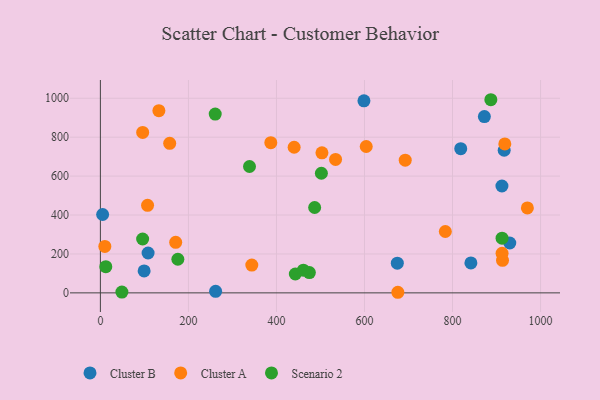
{"axis": {"x": "Distance", "y": "Fuel Efficiency"}, "legend": ["Cluster A", "Cluster B", "Scenario 2"], "data": [{"x": "99.4", "y": 112.8, "type": "Cluster B"}, {"x": "930.1", "y": 256.1, "type": "Cluster B"}, {"x": "912.3", "y": 549.0, "type": "Cluster B"}, {"x": "5.1", "y": 402.6, "type": "Cluster B"}, {"x": "872.4", "y": 906.0, "type": "Cluster B"}, {"x": "818.7", "y": 740.7, "type": "Cluster B"}, {"x": "108.4", "y": 204.7, "type": "Cluster B"}, {"x": "917.4", "y": 732.8, "type": "Cluster B"}, {"x": "261.8", "y": 7.8, "type": "Cluster B"}, {"x": "598.8", "y": 986.5, "type": "Cluster B"}, {"x": "674.6", "y": 152.7, "type": "Cluster B"}, {"x": "841.8", "y": 154.0, "type": "Cluster B"}, {"x": "913.6", "y": 167.2, "type": "Cluster A"}, {"x": "692.6", "y": 681.8, "type": "Cluster A"}, {"x": "107.2", "y": 450.0, "type": "Cluster A"}, {"x": "675.8", "y": 3.0, "type": "Cluster A"}, {"x": "132.9", "y": 936.2, "type": "Cluster A"}, {"x": "157.5", "y": 768.4, "type": "Cluster A"}, {"x": "440.2", "y": 748.2, "type": "Cluster A"}, {"x": "534.3", "y": 685.6, "type": "Cluster A"}, {"x": "387.2", "y": 771.9, "type": "Cluster A"}, {"x": "503.4", "y": 719.8, "type": "Cluster A"}, {"x": "344.0", "y": 142.6, "type": "Cluster A"}, {"x": "604.0", "y": 752.1, "type": "Cluster A"}, {"x": "783.7", "y": 315.2, "type": "Cluster A"}, {"x": "970.1", "y": 436.6, "type": "Cluster A"}, {"x": "912.6", "y": 203.1, "type": "Cluster A"}, {"x": "96.1", "y": 824.3, "type": "Cluster A"}, {"x": "171.1", "y": 259.7, "type": "Cluster A"}, {"x": "918.8", "y": 765.3, "type": "Cluster A"}, {"x": "10.1", "y": 238.6, "type": "Cluster A"}, {"x": "338.8", "y": 649.3, "type": "Scenario 2"}, {"x": "176.0", "y": 172.6, "type": "Scenario 2"}, {"x": "912.6", "y": 280.9, "type": "Scenario 2"}, {"x": "474.8", "y": 104.2, "type": "Scenario 2"}, {"x": "442.9", "y": 97.0, "type": "Scenario 2"}, {"x": "486.8", "y": 438.5, "type": "Scenario 2"}, {"x": "96.0", "y": 276.7, "type": "Scenario 2"}, {"x": "461.2", "y": 116.7, "type": "Scenario 2"}, {"x": "48.9", "y": 4.1, "type": "Scenario 2"}, {"x": "260.9", "y": 918.9, "type": "Scenario 2"}, {"x": "502.1", "y": 614.5, "type": "Scenario 2"}, {"x": "887.1", "y": 992.4, "type": "Scenario 2"}, {"x": "12.3", "y": 134.4, "type": "Scenario 2"}]}